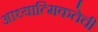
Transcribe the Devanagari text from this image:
आध्यात्मिकतेची